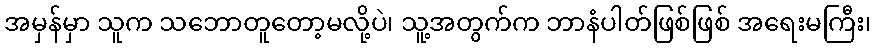
အမှန်မှာ သူက သဘောတူတော့မလို့ပဲ၊ သူ့အတွက်က ဘာနံပါတ်ဖြစ်ဖြစ် အရေးမကြီး၊